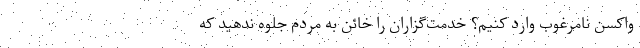
واکسن نامرغوب وارد کنیم؟ خدمت‌گزاران را خائن به مردم جلوه ندهید که